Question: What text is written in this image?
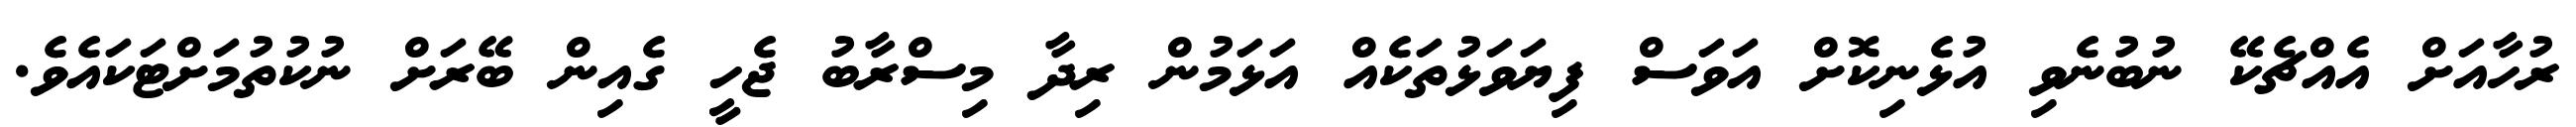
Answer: ރުހާއަށް އެއްޗެކޭ ނުބުނެވި އުޅެނިކޮށް އަވަސް ފިޔަވަޅުތަކެއް އަޅަމުން ރިދާ މިސްރާބު ޖެހީ ގެއިން ބޭރަށް ނުކުތުމަށްޓަކައެވެ.